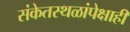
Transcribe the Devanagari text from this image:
संकेतस्थळांपेक्षाही